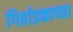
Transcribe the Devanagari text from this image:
गिर्हाइकाच्या